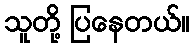
သူတို့ ပြနေတယ်။